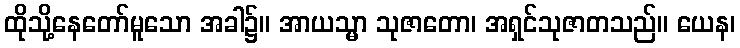
ထိုသို့နေတော်မူသော အခါ၌။ အာယသ္မာ သုဇာတော၊ အရှင်သုဇာတသည်။ ယေန၊